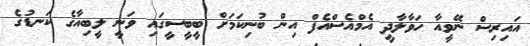
އައިރިސް ނޭވީއާ ހަވާލާދީ އެމްއެސްއެފް އިން ބުނިކަމަށް ބީބީސީގައި ވަނީ ލީބިއާގެ ކަނޑުގެ